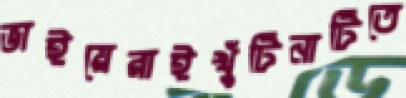
ভাইয়েরাইখুঁটিনাটিতে